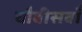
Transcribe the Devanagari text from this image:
चौबीसवाँ